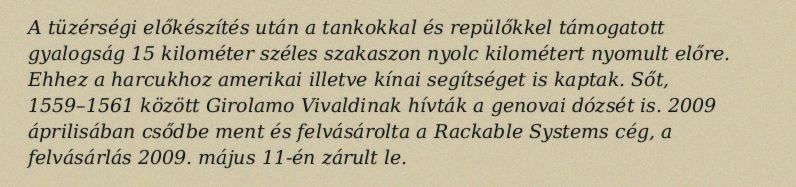
A tüzérségi előkészítés után a tankokkal és repülőkkel támogatott gyalogság 15 kilométer széles szakaszon nyolc kilométert nyomult előre. Ehhez a harcukhoz amerikai illetve kínai segítséget is kaptak. Sőt, 1559–1561 között Girolamo Vivaldinak hívták a genovai dózsét is. 2009 áprilisában csődbe ment és felvásárolta a Rackable Systems cég, a felvásárlás 2009. május 11-én zárult le.